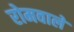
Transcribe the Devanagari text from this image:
रोमवाले